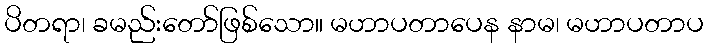
ပိတရာ၊ ခမည်းတော်ဖြစ်သော။ မဟာပတာပေန နာမ၊ မဟာပတာပ